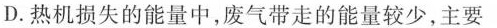
D.热机损失的能量中，废气带走的能量较少，主要